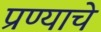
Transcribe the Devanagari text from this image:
प्रण्याचे